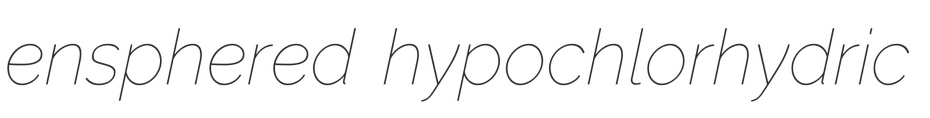
ensphered hypochlorhydric